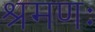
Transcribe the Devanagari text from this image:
श्रमणः